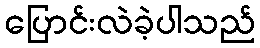
ပြောင်းလဲခဲ့ပါသည်